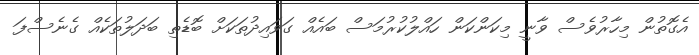
އެގޮތުން މިހާރުވެސް ވާނީ މިކަންކަން ހައްލުކުރުމަސް ބައެއް ގަވައިދުތަކަށް ބޮޑެތި ބަދަލުތަކެއް ގެނެސްފަ